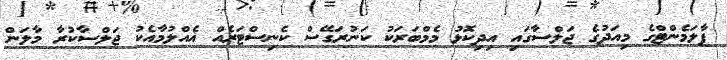
ޕާލަމެންޓްގެ މިއަދުގެ ޖަލްސާގައި އިދިކޮޅު މެމްބަރަކު ކަނުރަގޭސް ކެނިސްޓަރެއް އެއްލުމާއެކު ޖަލްސާކުރާ މާލަން